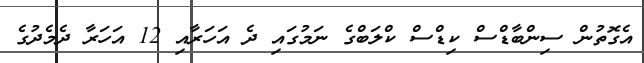
އެގޮތުން ސިންބާޑްސް ކިޑްސް ކްލަބްގެ ނަމުގައި ދެ އަހަރާއި 12 އަހަރާ ދެމެދުގެ